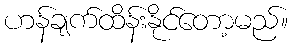
ဟန်ချက်ထိန်းနိုင်တော့မည်။